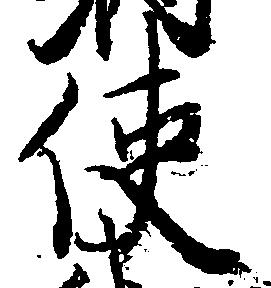
使